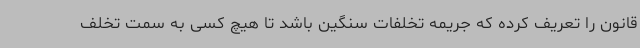
قانون را تعریف کرده که جریمه تخلفات سنگین باشد تا هیچ کسی به سمت تخلف